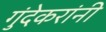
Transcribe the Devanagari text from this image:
गुंदेकरांनी